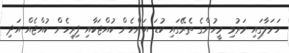
ހަމަލާގައި މަރުވި މީހުންގެ ތެރޭގައި ކުޑަ އަންހެން ކުއްޖަކާއި ފިރިހެން ކުއްޖެއް އަދި